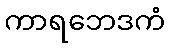
ကာရဘေဒကံ